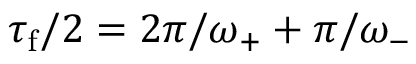
\tau _ { \mathrm { f } } / 2 = 2 \pi / \omega _ { + } + \pi / \omega _ { - }